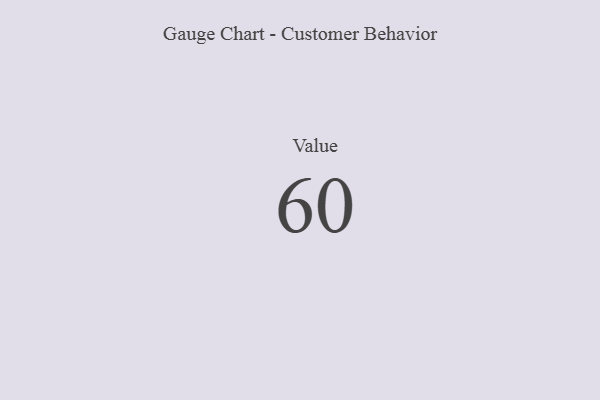
{"axis": {"x": "Metric", "y": "Value"}, "legend": [""], "data": [{"x": "Value", "y": 60, "type": ""}]}